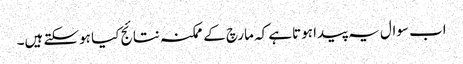
اب سوال یہ پیدا ہوتاہے کہ مارچ کے ممکنہ نتائج کیا ہوسکتے ہیں۔